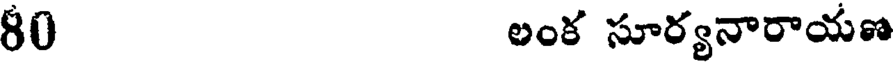
80 లంక సూర్యనారాయణ